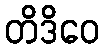
တိဒိဝေ